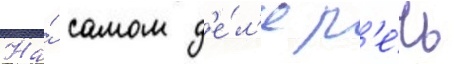
На́ самом д'е́л'е р'е́чь